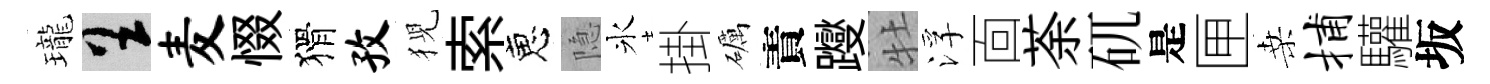
瓏呈麦惙猾孜猊索恵隐氷掛礪責躞牡浮靣荼矹是匣桑捕驩坂